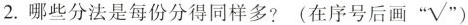
2.那些分法是每份分的同样多？（在序号后面“√”）